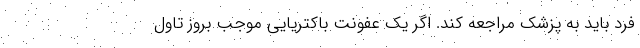
فرد باید به پزشک مراجعه کند. اگر یک عفونت باکتریایی موجب بروز تاول